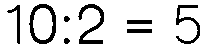
10:2 = 5